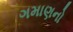
ગમાણનો